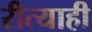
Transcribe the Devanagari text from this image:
रीत्याही